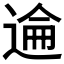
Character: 𫐮